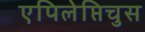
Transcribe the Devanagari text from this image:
एपिलेप्तिचुस